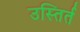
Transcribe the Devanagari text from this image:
उस्तिर्त